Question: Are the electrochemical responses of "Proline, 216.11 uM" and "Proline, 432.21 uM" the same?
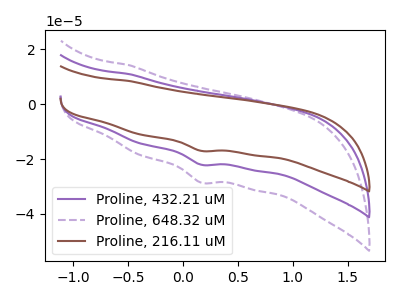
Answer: <think>The purple curve "Proline, 432.21 uM" has a cathodic peak at: (0.15V, -22.05uA). The purple dashed curve "Proline, 648.32 uM" has a cathodic peak at: (0.15V, -44.10uA). The brown curve "Proline, 216.11 uM" has a cathodic peak at: (0.15V, -17.00uA).
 All the peaks in "Proline, 216.11 uM" have a peak in "Proline, 432.21 uM" at the same potential. Every peak in "Proline, 216.11 uM" is lower than every peak in "Proline, 432.21 uM".</think>
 <answer>"Proline, 216.11 uM" and "Proline, 432.21 uM" are similar in shape.</answer>
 <eval>same_shape</eval>